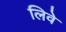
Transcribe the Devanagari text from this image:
लिवे